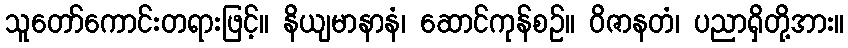
သူတော်ကောင်းတရားဖြင့်။ နိယျမာနာနံ၊ ဆောင်ကုန်စဉ်။ ဝိဇာနတံ၊ ပညာရှိတို့အား။